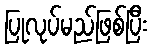
ပြုလုပ်မည်ဖြစ်ပြီး